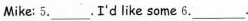
Mike: 5.___.I'd like some 6.___.